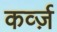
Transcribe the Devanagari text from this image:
कर्व्ज़